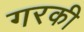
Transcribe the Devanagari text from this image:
गरकी